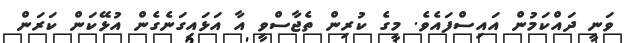
ވަނީ ދައްކަމުން އައިސްފައެވެ. މީގެ ކުރިން ތެޖާސްވީ އާ އަޅައިގަނެގެން އުޅޭކަން ކަރަން